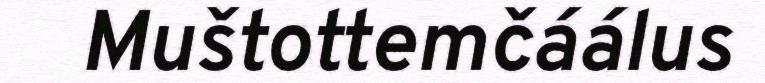
Muštottemčáálus